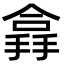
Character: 搻